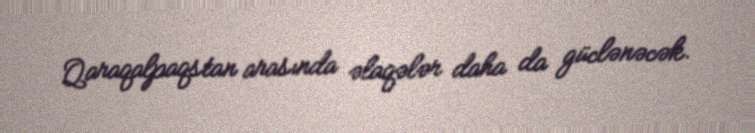
Qaraqalpaqstan arasında əlaqələr daha da güclənəcək.